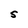
Character: S